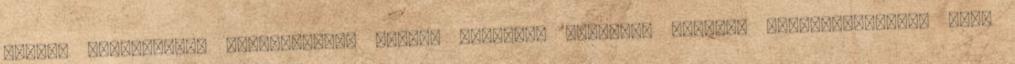
Doboz, Kétegyháza, Lengyeltóti, Mácsa, Marcali, Ókígyós, Surány, Nagyszentmiklós stb.